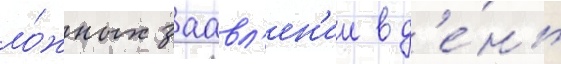
ло́жных заавл'ен'ии в д'е́нь